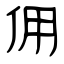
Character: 佣